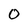
Character: O